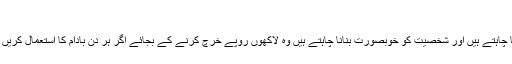
اہم تحقیق
(پاک آنلائن نیوز) وہ لوگ جو اپنی صحت کا خاص خیال رکھنا چاہتے ہیں اور شخصیت کو خوبصورت بنانا چاہتے ہیں وہ لاکھوں روپے خرچ کرنے کے بجائے اگر ہر دن بادام کا استعمال کریں تو ان کی صحت اور خوبصورتی دونوں برقرار رہ سکتے ہیں۔